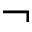
\lnot